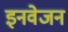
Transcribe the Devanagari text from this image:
इनवेजन